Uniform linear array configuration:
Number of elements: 32
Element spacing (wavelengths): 0.25
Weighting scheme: cosine
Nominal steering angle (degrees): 45
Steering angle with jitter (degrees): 44.378
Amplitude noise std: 0.05
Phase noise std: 0.05

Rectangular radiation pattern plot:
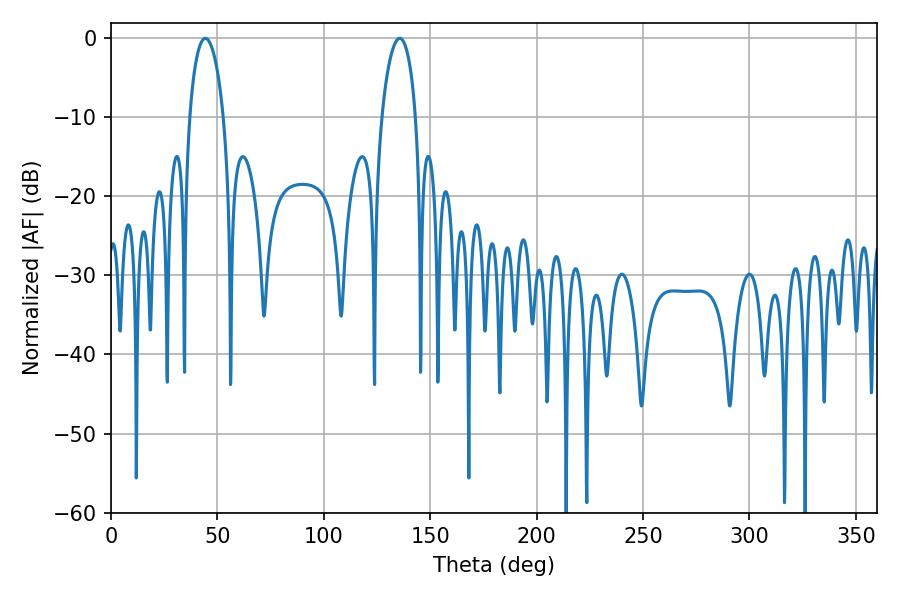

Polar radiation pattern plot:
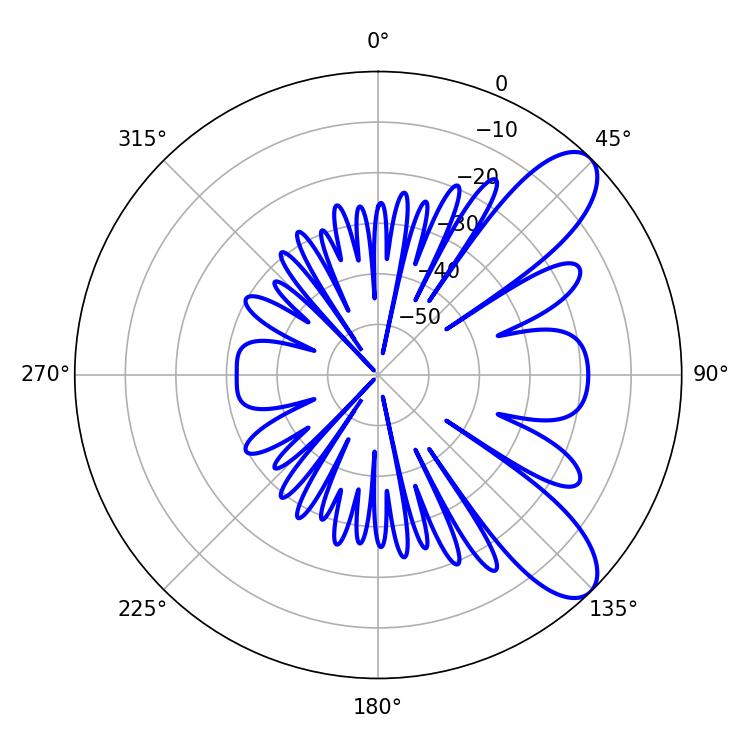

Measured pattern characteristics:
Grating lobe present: FALSE
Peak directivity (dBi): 9.064
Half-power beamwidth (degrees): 9.18
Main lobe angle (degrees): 44.28